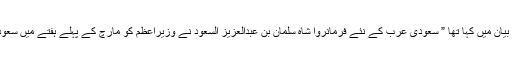
وزیراعظم کے دفتر نے جمعے کی شب رات گئے جاری ایک بیان میں کہا تھا ” سعودی عرب کے نئے فرمانروا شاہ سلمان بن عبدالعزیز السعود نے وزیراعظم کو مارچ کے پہلے ہفتے میں سعودی عرب کے دورے کا خصوصی دعوت نامہ ارسال کیا ہے”۔